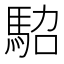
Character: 𩢟